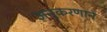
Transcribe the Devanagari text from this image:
अनुकरणाने